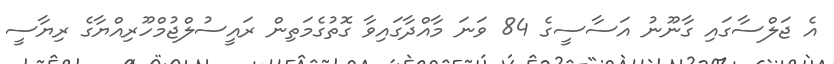
އެ ޖަލްސާގައި ގާނޫނު އަސާސީގެ 84 ވަނަ މާއްދާގައިވާ ގޮތުގެމަތިން ރައީސުލްޖުމްހޫރިއްޔާގެ ރިޔާސީ